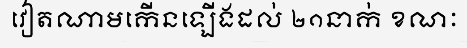
វៀតណាមកើនឡើងដល់ ២១នាក់ ខណៈ